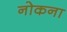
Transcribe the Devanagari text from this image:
नोकना